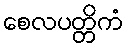
စေလပတ္တိကံ